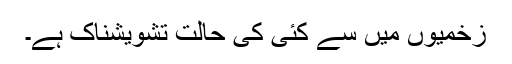
زخمیوں میں سے کئی کی حالت تشویشناک ہے۔